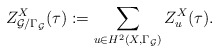
\begin{align*}Z_{{\cal G}/\Gamma_{\cal G}}^X(\tau):= \sum_{u\in H^2(X,\Gamma_{\cal G})} Z_u^X(\tau).\end{align*}